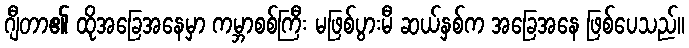
ဂျီတာ၏ ထိုအခြေအနေမှာ ကမ္ဘာစစ်ကြီး မဖြစ်ပွားမီ ဆယ်နှစ်က အခြေအနေ ဖြစ်ပေသည်။